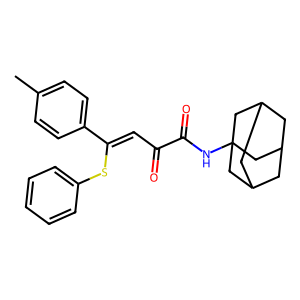
SMILES: Cc1ccc(C(=CC(=O)C(=O)NC23CC4CC(CC(C4)C2)C3)Sc2ccccc2)cc1
Inhibits HIV replication: No